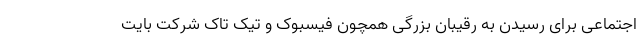
اجتماعی برای رسیدن به رقیبان بزرگی همچون فیسبوک و تیک تاک شرکت بایت